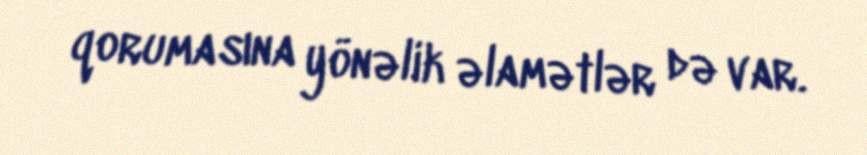
qorumasına yönəlik əlamətlər də var.